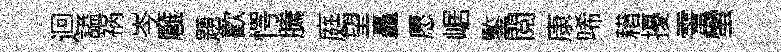
迴謚祸岑廱題歡愕騰庭望矗愿崌鍳閲康唏耤擾霅蠻